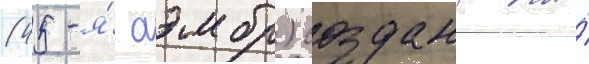
(45-я́ аэмбр) создана на́